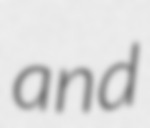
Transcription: and